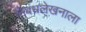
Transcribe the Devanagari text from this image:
निबंधलेखनाला